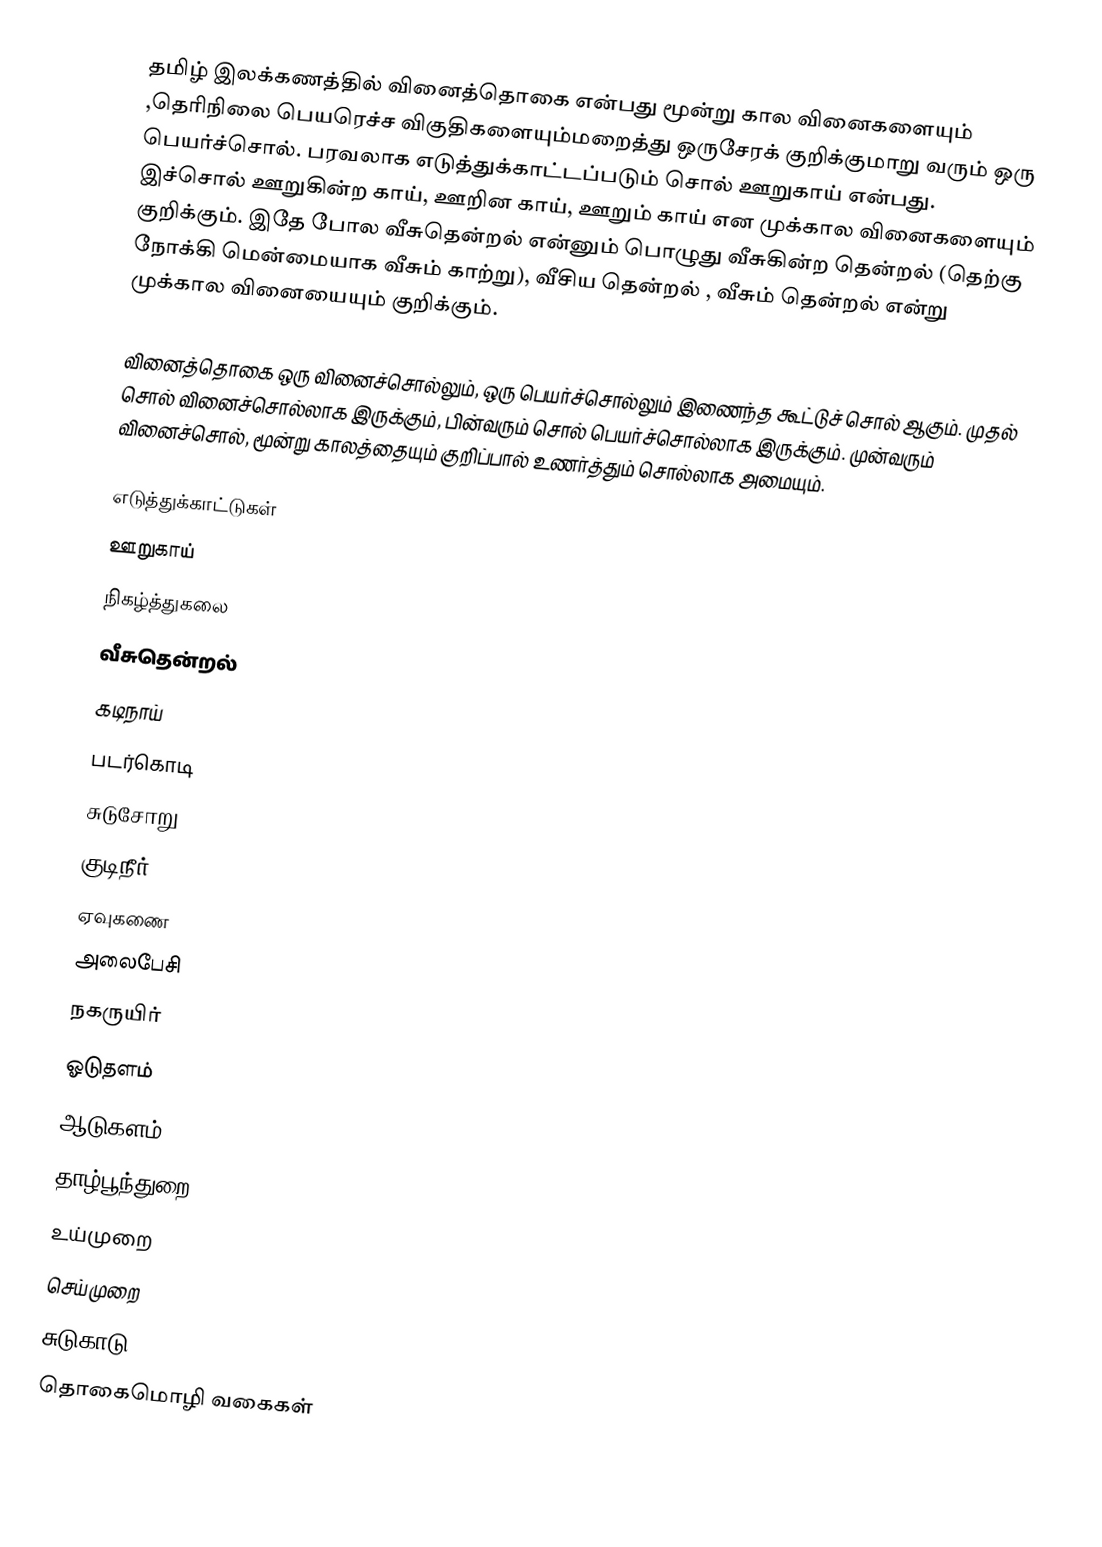
தமிழ் இலக்கணத்தில் வினைத்தொகை என்பது மூன்று கால வினைகளையும் ,தெரிநிலை பெயரெச்ச விகுதிகளையும்மறைத்து  ஒருசேரக் குறிக்குமாறு வரும் ஒரு பெயர்ச்சொல். பரவலாக எடுத்துக்காட்டப்படும் சொல் ஊறுகாய் என்பது. இச்சொல் ஊறுகின்ற காய், ஊறின காய், ஊறும் காய் என முக்கால வினைகளையும் குறிக்கும். இதே போல வீசுதென்றல் என்னும் பொழுது வீசுகின்ற தென்றல் (தெற்கு நோக்கி மென்மையாக வீசும் காற்று), வீசிய தென்றல் , வீசும் தென்றல் என்று முக்கால வினையையும் குறிக்கும்.

வினைத்தொகை ஒரு வினைச்சொல்லும், ஒரு பெயர்ச்சொல்லும் இணைந்த கூட்டுச் சொல் ஆகும். முதல் சொல் வினைச்சொல்லாக இருக்கும், பின்வரும் சொல் பெயர்ச்சொல்லாக இருக்கும். முன்வரும் வினைச்சொல், மூன்று காலத்தையும் குறிப்பால் உணர்த்தும் சொல்லாக அமையும்.

எடுத்துக்காட்டுகள்
ஊறுகாய்
நிகழ்த்துகலை
வீசுதென்றல்
கடிநாய்
படர்கொடி
சுடுசோறு
குடிநீர்
ஏவுகணை
அலைபேசி
நகருயிர்
ஓடுதளம்
ஆடுகளம்
தாழ்பூந்துறை
உய்முறை
செய்முறை
 சுடுகாடு
தொகைமொழி வகைகள்